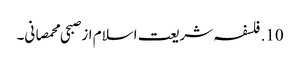
10. فلسفہ شریعت اسلام از صبحی محمصانی۔